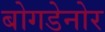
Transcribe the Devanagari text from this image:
बोगडेनोर